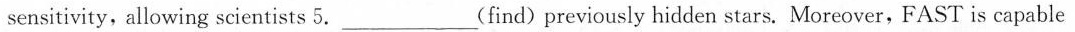
sensitivity, allowing scientists 5.___ (find) previously hidden stars. Moreover, FAST is capable